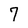
Character: 7